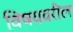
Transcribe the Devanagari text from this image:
विषयवरील